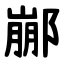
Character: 䣙